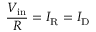
{ \frac { V _ { \mathrm { i n } } } { R } } = I _ { \mathrm { R } } = I _ { \mathrm { D } }